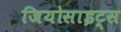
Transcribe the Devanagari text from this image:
जियोसाइट्स